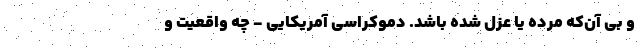
و بی آن‌که مُرده یا عزل شده باشد. دموکراسی آمریکایی - چه واقعیت و